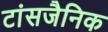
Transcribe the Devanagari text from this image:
टांसजैनिक